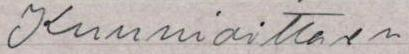
Kunnioittaen